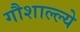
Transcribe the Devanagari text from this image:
गौशाल्ल्ये